Civil Veterinary Department ledger series I-VI
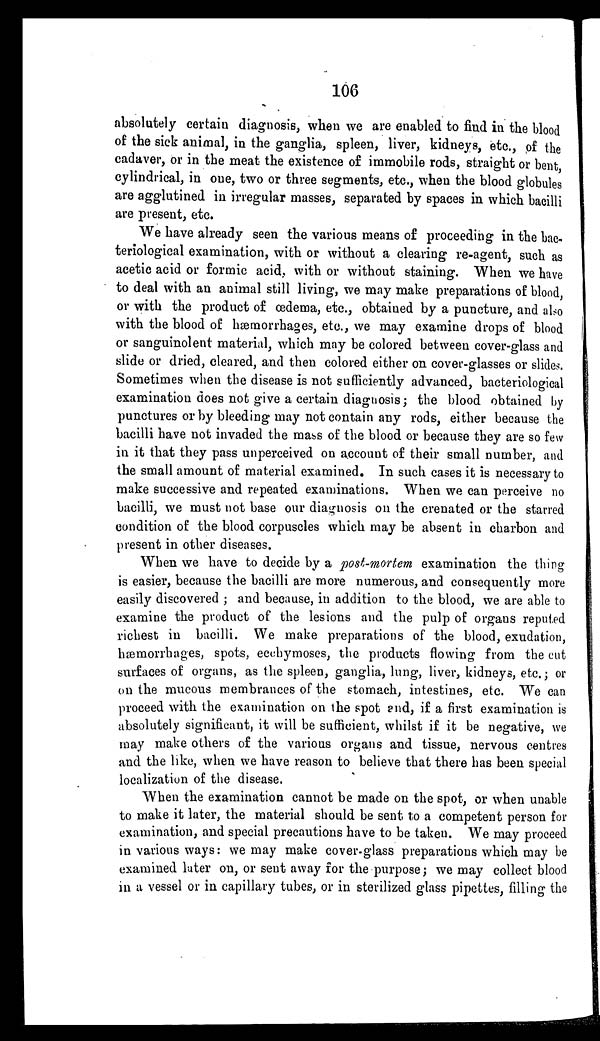
106
absolutely certain diagnosis, when we are enabled to find in the blood
of the sick animal, in the ganglia, spleen, liver, kidneys, etc., of the
cadaver, or in the meat the existence of immobile rods, straight or bent,
cylindrical, in one, two or three segments, etc., when the blood globules
are agglutined in irregular masses, separated by spaces in which bacilli
are present, etc.
We have already seen the various means of proceeding in the bac-
teriological examination, with or without a clearing re-agent, such as
acetic acid or formic acid, with or without staining. When we have
to deal with an animal still living, we may make preparations of blood,
or with the product of œdema, etc., obtained by a puncture, and also
with the blood of hæmorrhages, etc., we may examine drops of blood
or sanguinolent material, which may be colored between cover-glass and
slide or dried, cleared, and then colored either on cover-glasses or slides.
Sometimes when the disease is not sufficiently advanced, bacteriological
examination does not give a certain diagnosis; the blood obtained by
punctures or by bleeding may not contain any rods, either because the
bacilli have not invaded the mass of the blood or because they are so few
in it that they pass unperceived on account of their small number, and
the small amount of material examined. In such cases it is necessary to
make successive and repeated examinations. When we can perceive no
bacilli, we must not base our diagnosis on the crenated or the starred
condition of the blood corpuscles which may be absent in charbon and
present in other diseases.
When we have to decide by a post-mortem examination the thing
is easier, because the bacilli are more numerous, and consequently more
easily discovered; and because, in addition to the blood, we are able to
examine the product of the lesions and the pulp of organs reputed
richest in bacilli. We make preparations of the blood, exudation,
hæmorrhages, spots, ecchymoses, the products flowing from the cut
surfaces of organs, as the spleen, ganglia, lung, liver, kidneys, etc.; or
on the mucous membrances of the stomach, intestines, etc. We can
proceed with the examination on the spot and, if a first examination is
absolutely significant, it will be sufficient, whilst if it be negative, we
may make others of the various organs and tissue, nervous centres
and the like, when we have reason to believe that there has been special
localization of the disease.
When the examination cannot be made on the spot, or when unable
to make it later, the material should be sent to a competent person for
examination, and special precautions have to be taken. We may proceed
in various ways: we may make cover-glass preparations which may be
examined later on, or sent away for the purpose; we may collect blood
in a vessel or in capillary tubes, or in sterilized glass pipettes, filling the